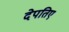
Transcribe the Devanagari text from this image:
देपतिए